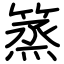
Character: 篜